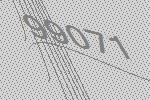
99071